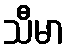
သီမာ